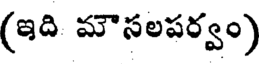
(ఇది మౌసలపర్వం)